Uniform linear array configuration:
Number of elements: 48
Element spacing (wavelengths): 0.75
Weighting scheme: cosine
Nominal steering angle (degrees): -15
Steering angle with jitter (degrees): -13.461
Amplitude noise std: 0.05
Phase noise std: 0.05

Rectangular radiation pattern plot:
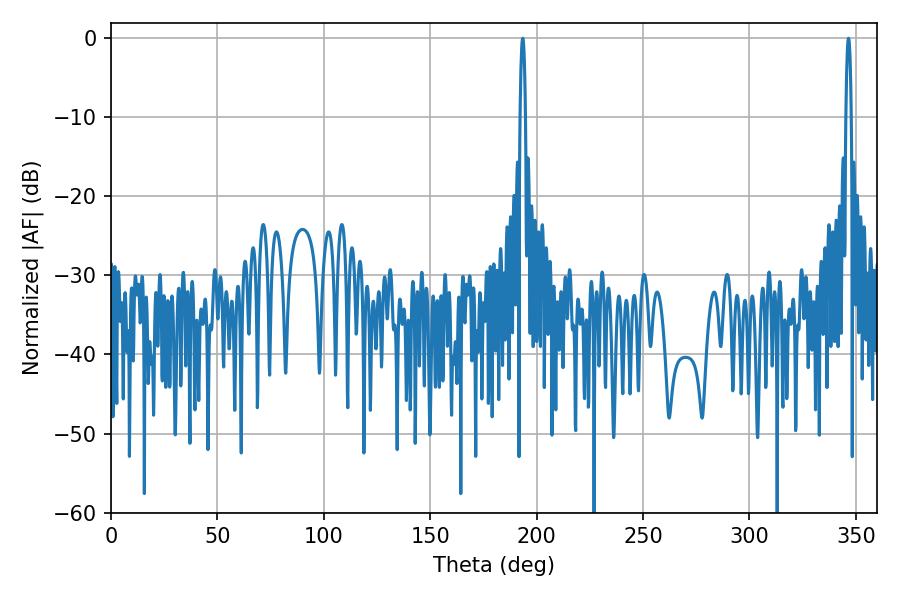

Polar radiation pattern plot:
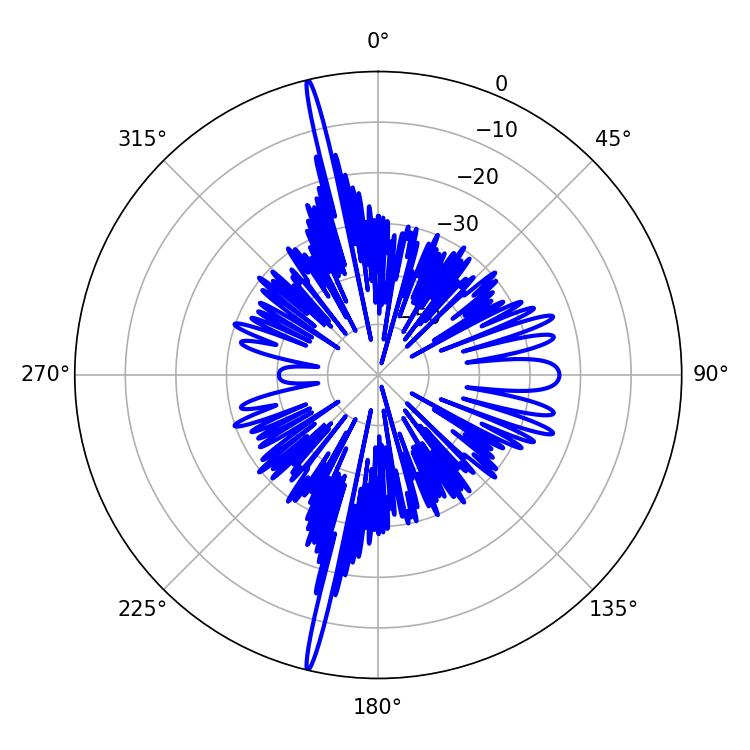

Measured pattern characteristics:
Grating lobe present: TRUE
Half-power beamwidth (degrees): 1.26
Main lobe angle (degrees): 346.5